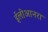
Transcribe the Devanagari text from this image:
ईलीआनरा